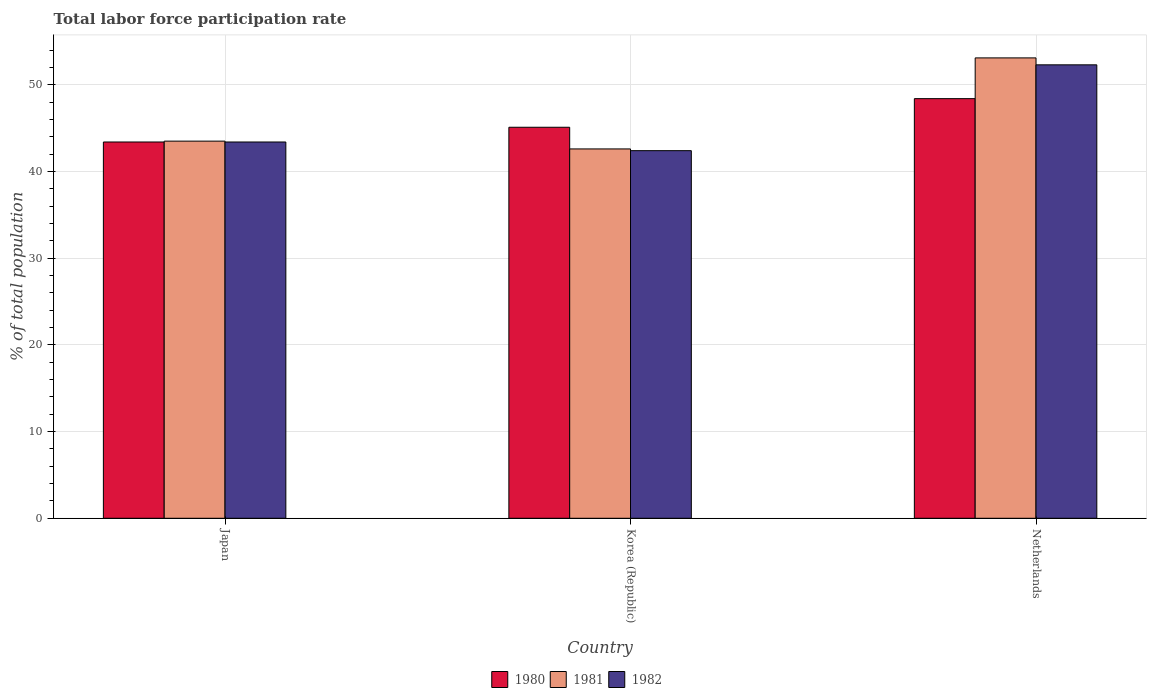
| Country | 1980 | 1981 | 1982 |
 | --- | --- | --- | --- |
 | Japan | 43.4 | 43.5 | 43.4 |
 | Korea (Republic) | 45.1 | 42.6 | 42.4 |
 | Netherlands | 48.4 | 53.1 | 52.3 |